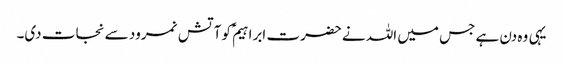
یہی وہ دن ہے جس میں اللہ نے حضرت ابراہیمؑ کو آتش نمرود سے نجات دی۔